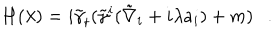
LaTeX: H ( \lambda ) = i \tilde { \gamma } _ { t } ( \tilde { \gamma } ^ { i } ( \tilde { \nabla } _ { i } + i \lambda a _ { i } ) + m ) .